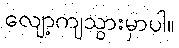
လျော့ကျသွားမှာပါ။